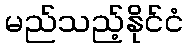
မည်သည့်နိုင်ငံ